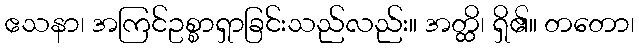
ဧသနာ၊ အကြင်ဥစ္စာရှာခြင်းသည်လည်း။ အတ္ထိ၊ ရှိ၏။ တတော၊